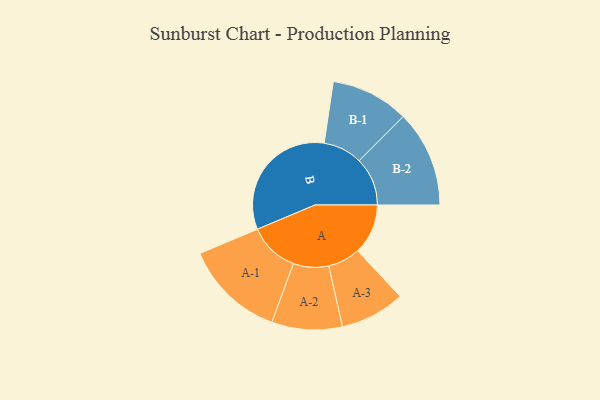
{"axis": {"x": "Segment", "y": "Value"}, "legend": ["", "A", "B"], "data": [{"x": "A", "y": 174, "type": ""}, {"x": "B", "y": 449, "type": ""}, {"x": "A-1", "y": 174, "type": "A"}, {"x": "A-2", "y": 122, "type": "A"}, {"x": "A-3", "y": 112, "type": "A"}, {"x": "B-1", "y": 135, "type": "B"}, {"x": "B-2", "y": 167, "type": "B"}]}